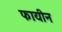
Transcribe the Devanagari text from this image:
फायीन